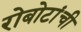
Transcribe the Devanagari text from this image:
रोबोटांची